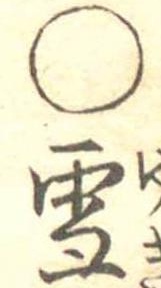
○雪